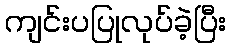
ကျင်းပပြုလုပ်ခဲ့ပြီး